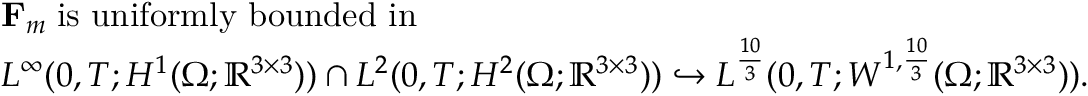
\begin{array} { r l } & { \mathbf { F } _ { m } \; \mathrm { i s ~ u n i f o r m l y ~ b o u n d e d ~ i n } } \\ & { L ^ { \infty } ( 0 , T ; H ^ { 1 } ( \Omega ; \mathbb { R } ^ { 3 \times 3 } ) ) \cap L ^ { 2 } ( 0 , T ; H ^ { 2 } ( \Omega ; \mathbb { R } ^ { 3 \times 3 } ) ) \hookrightarrow L ^ { \frac { 1 0 } { 3 } } ( 0 , T ; W ^ { 1 , \frac { 1 0 } { 3 } } ( \Omega ; \mathbb { R } ^ { 3 \times 3 } ) ) . } \end{array}